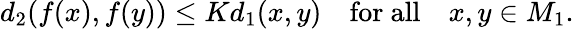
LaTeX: d_{2}(f(x),f(y))\leq Kd_{1}(x,y)\quad{\mathrm{for~all}}\quad x,y\in M_{1}.